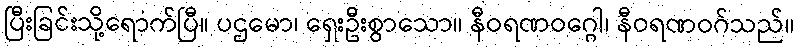
ပြီးခြင်းသို့ရောက်ပြီ။ ပဌမော၊ ရှေးဦးစွာသော။ နီဝရဏဝဂ္ဂေါ၊ နီဝရဏဝဂ်သည်။